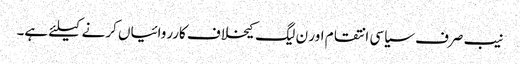
نیب صرف سیاسی انتقام اور ن لیگ کیخلاف کارروائیاں کرنے کیلئے ہے۔